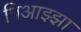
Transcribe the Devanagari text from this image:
पिआझ्झा